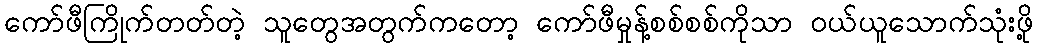
ကော်ဖီကြိုက်တတ်တဲ့ သူတွေအတွက်ကတော့ ကော်ဖီမှုန့်စစ်စစ်ကိုသာ ဝယ်ယူသောက်သုံးဖို့